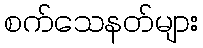
စက်သေနတ်များ